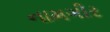
નામગીર